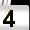
Digit: 4